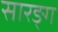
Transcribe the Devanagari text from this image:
सारङ्ग